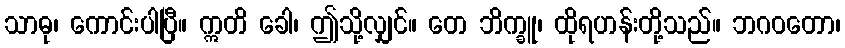
သာဓု၊ ကောင်းပါပြီ။ ဣတိ ခေါ၊ ဤသို့လျှင်။ တေ ဘိက္ခူ၊ ထိုရဟန်းတို့သည်။ ဘဂဝတော၊